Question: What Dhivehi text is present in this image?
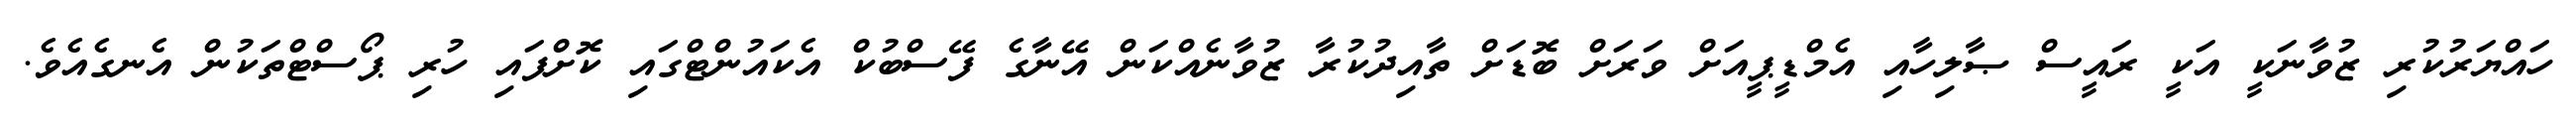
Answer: ހައްޔަރުކުރި ޒުވާނަކީ އަކީ ރައީސް ޞާލިހާއި އެމްޑީޕީއަށް ވަރަށް ބޮޑަށް ތާއިދުކުރާ ޒުވާނެއްކަން އޭނާގެ ފޭސްބުކް އެކައުންޓްގައި ކޮށްފައި ހުރި ޕޯސްޓްތަކުން އެނގެއެވެ.